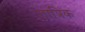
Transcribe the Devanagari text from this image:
तात्रिक